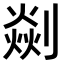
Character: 𠟡